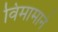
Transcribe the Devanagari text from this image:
विमामाने